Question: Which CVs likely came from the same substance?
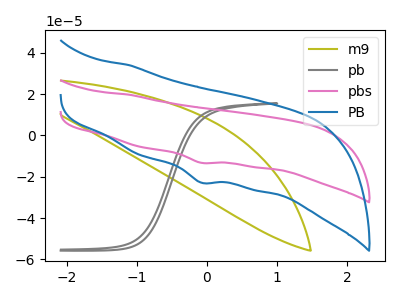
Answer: <think>The olive curve "m9" has no peaks. The gray curve "pb" has no peaks. The pink curve "pbs" has a cathodic peak at: (-0.10V, -13.25uA). The blue curve "PB" has a cathodic peak at: (-0.10V, -22.85uA).
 Neither "m9" or "pb" have any peaks. "m9" and "pbs" have a different number of peaks. "m9" and "PB" have a different number of peaks. "pb" and "pbs" have a different number of peaks. "pb" and "PB" have a different number of peaks. All the peaks in "pbs" have a peak in "PB" at the same potential. Every peak in "pbs" is lower than every peak in "PB".</think>
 <answer>"PB" and "pbs" have the same shape and are likely CV's of the same chemical.</answer>
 <eval>"PB" "pbs"</eval>